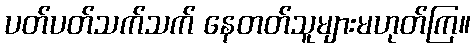
ပတ်ပတ်သက်သက် နေတတ်သူများမဟုတ်ကြ။